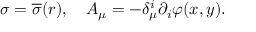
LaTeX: \sigma = \overline { { { \sigma } } } ( r ) , \quad A _ { \mu } = - \delta _ { \mu } ^ { i } \partial _ { i } \varphi ( x , y ) .